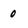
Character: 0